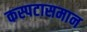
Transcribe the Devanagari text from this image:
कस्पटासमान